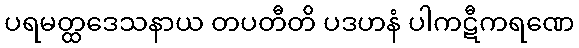
ပရမတ္ထဒေသနာယ တပတီတိ ပဒဟနံ ပါကဋီကရဏေ